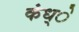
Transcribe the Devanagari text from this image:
कंध्े